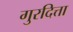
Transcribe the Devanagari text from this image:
गुरदित्ता